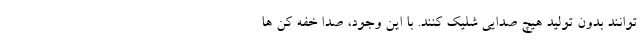
توانند بدون تولید هیچ صدایی شلیک کنند. با این وجود، صدا خفه کن ها